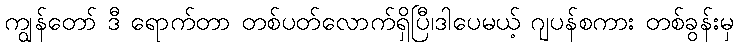
ကျွန်တော် ဒီ ရောက်တာ တစ်ပတ်လောက်ရှိပြီ၊ဒါပေမယ့် ဂျပန်စကား တစ်ခွန်းမှ